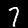
Label: 7